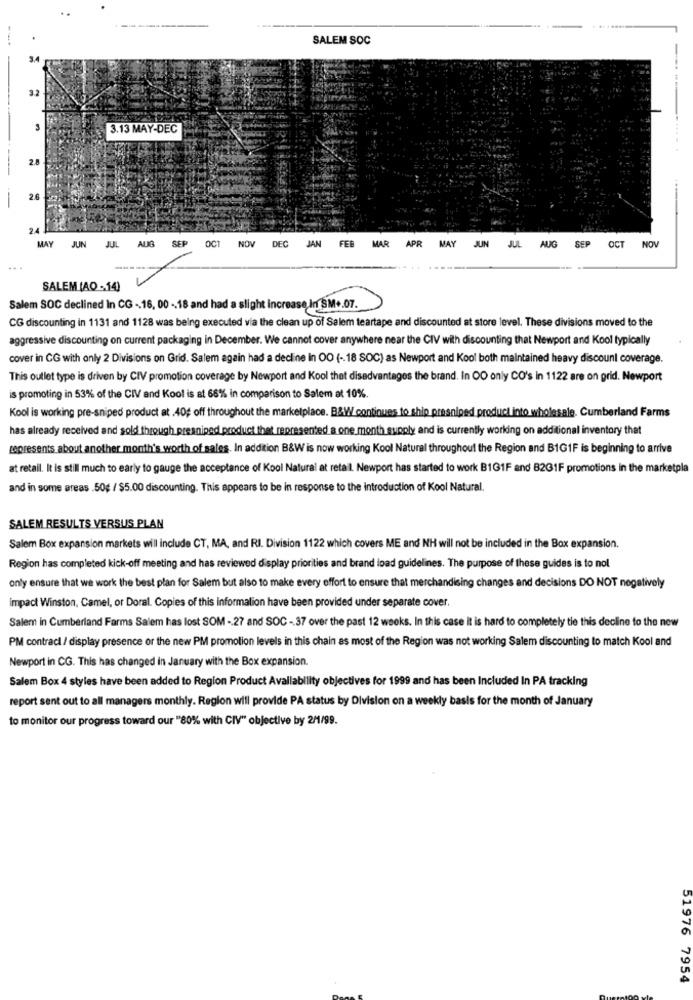
SALEM SOC
-
3.2
3.13 MAY-DEC
2.8
-
--
2.6
2.4
MAY
ALIG
SFP
OCT
JUN
JUL
NOV DEC JAN FEB MAR APR MAY JUN JUL
AUG
SEP
OCT NOV
SALEM (AO - 14)
Salem SOC declined In CG -. 16, 00 -. 18 and had a slight increase, in SM+.07.
CG discounting in 1131 and 1128 was being executed via the clean up of Salem teartape and discounted at store level. These divisions moved to the
aggressive discounting on current packaging in December. We cannot cover anywhere near the CIV with discounting that Newport and Kool typically
cover in CG with only 2 Divisions on Grid. Salem again had a decline In OO (-18 SOC) as Newport and Kool both maintained heavy discount coverage.
This outlet type is driven by CIV promotion coverage by Newport and Kool thet disadvantages the brand. In OO only CO's in 1122 are on grid. Newport
is promoting in 53% of the CIV and Kool is at 68% in comparison to Salem at 10%.
Kool is working pre-sniped product at .40% off throughout the marketplace. B&W continues to ship presniped product into wholesale. Cumberland Farms
has already received and sold through presniped product thet represented a one month supply and is currently working on additional inventory that
represents about another month's worth of sales. In addition B&W is now working Kool Natural throughout the Region and B1G1F is beginning to arrive
at retail. It is stil much to early to gauge the acceptance of Kool Natural at retail. Newport has started to work B1G1F and B2G1F promotions in the marketpla
and in some areas .50g / $5.00 discounting. This appears to be in response to the introduction of Kool Natural.
SALEM RESULTS VERSUS PLAN
Salem Box expansion markets will include CT, MA, and RI. Division 1122 which covers ME and NH will not be included in the Box expansion.
Region has completed kick-off meeting and has reviewed display priorities and brand load guidelines. The purpose of these guides is to nol
only ensure that we work the best plan for Salem but also to make every effort to ensure that merchandising changes and decisions DO NOT negatively
Impact Winston, Camel, or Doral. Copies of this information have been provided under separate cover.
Salem in Cumberland Farms Salem has lost SOM -. 27 and SOC - 37 over the past 12 weeks. In this case it is hard to completely tie this decline to the new
PM contradi / display presence or the new PM promotion levels in this chain as most of the Region was not working Salem discounting to match Kool and
Newport in CG. This has changed in January with the Box expansion.
Salem Box 4 styles have been added to Region Product Availability objectives for 1999 and has been Included In PA tracking
report sent out to all managers monthly. Region will provide PA status by Division on a weekly basis for the month of January
to monitor our progress toward our "80% with CIV" objective by 2/1/99.
51976 7954